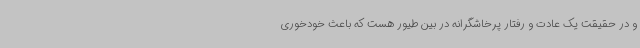
و در حقیقت یک عادت و رفتار پرخاشگرانه در بین طیور هست که باعث خودخوری